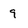
Character: 9